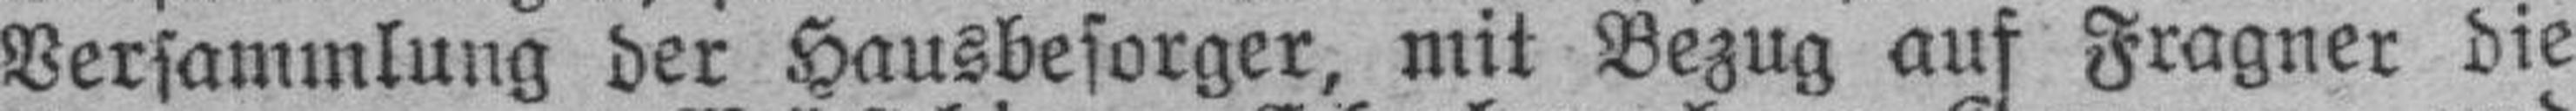
Versammlung der Hausbesorger, mit Bezug auf Fragner die